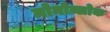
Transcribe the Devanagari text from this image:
मोनोब्लोक